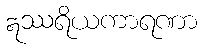
ဣဿရိယကာရဏာ